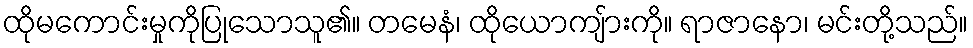
ထိုမကောင်းမှုကိုပြုသောသူ၏။ တမေနံ၊ ထိုယောကျ်ားကို။ ရာဇာနော၊ မင်းတို့သည်။